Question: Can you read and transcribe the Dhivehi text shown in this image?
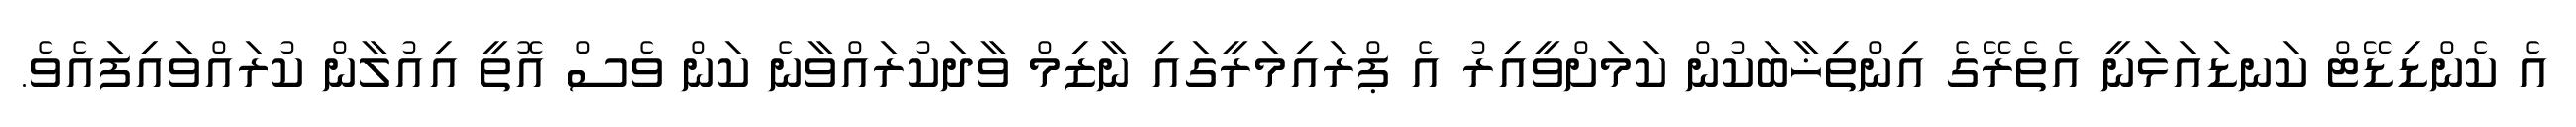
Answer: އެ ކެންޑިޑޭޓް ކަނޑައަޅަނީ އެތެރޭގެ އިންތިޚާބަކުން ކަމަށްވީއިރު އެ ޕްރައިމަރީގައި ނާޒިމް ވާދަކުރައްވާނެ ކަން ވެސް އޮތީ އިއުލާން ކުރައްވައިފައެވެ.